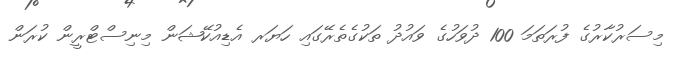
މިސަރުކާރުގެ ފުރަތަމަ 100 ދުވަހުގެ ވައުދު ތަކުގެތެރޭގައި ހަޔަރ އެޑިއުކޭޝަން މިނިސްޓްރީން ކުރަން